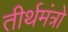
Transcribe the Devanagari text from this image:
तीर्थमंत्रो